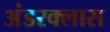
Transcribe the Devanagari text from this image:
अंडरक्लास